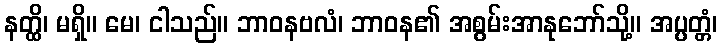
နတ္ထိ၊ မရှိ။ မေ၊ ငါသည်။ ဘာဝနဗလံ၊ ဘာဝန၏ အစွမ်းအာနုဘော်သို့။ အပ္ပတ္တံ၊